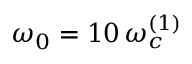
\omega _ { 0 } = 1 0 \, \omega _ { c } ^ { ( 1 ) }